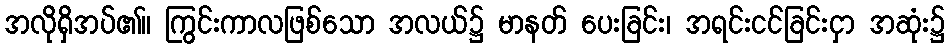
အလိုရှိအပ်၏။ ကြွင်းကာလဖြစ်သော အလယ်၌ မာနတ် ပေးခြင်း၊ အရင်းငင်ခြင်းငှာ အဆုံး၌